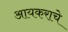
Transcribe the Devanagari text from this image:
आयकराचे